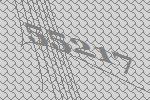
55217